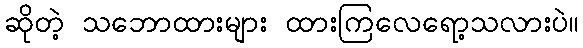
ဆိုတဲ့ သဘောထားများ ထားကြလေရော့သလားပဲ။